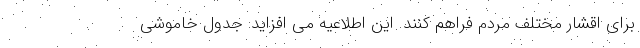
برای اقشار مختلف مردم فراهم کنند. این اطلاعیه می افزاید: جدول خاموشی